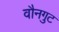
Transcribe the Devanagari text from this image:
वौनगुट